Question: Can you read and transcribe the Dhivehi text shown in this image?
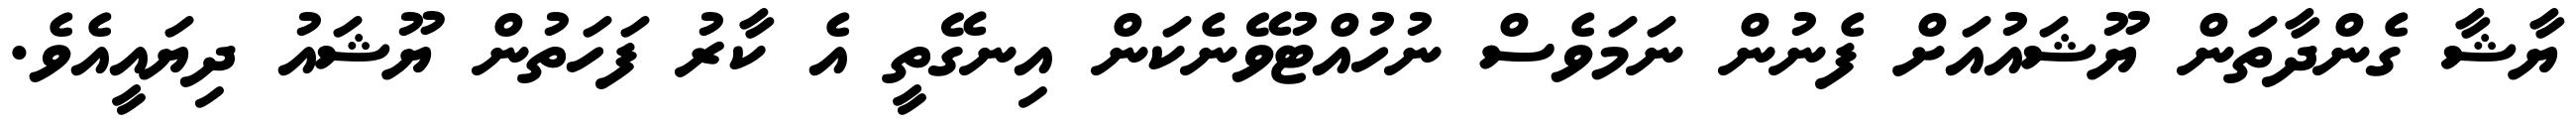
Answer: ޔާޝާ ގެންދާތަން ޔޫޝައުއަށް ފެނުން ނަމަވެސް ނުހުއްޓުވޭނެކަން އިނގޭތީ އެ ކާރު ފަހަތުން ޔޫޝައު ދިޔައީއެވެ.